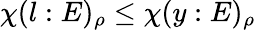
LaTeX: \chi(l:E)_{\rho}\leq\chi(y:E)_{\rho}